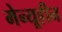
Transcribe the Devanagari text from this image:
मेन्यूहीन